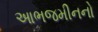
આભજમીનનો